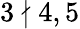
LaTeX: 3\nmid 4,5